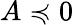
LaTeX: A\preccurlyeq 0